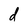
Character: d